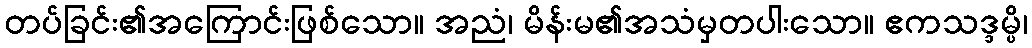
တပ်ခြင်း၏အကြောင်းဖြစ်သော။ အညံ၊ မိန်းမ၏အသံမှတပါးသော။ ဧကသဒ္ဒမ္ပိ၊